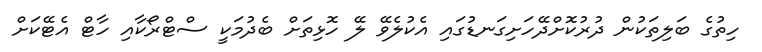
ހިތުގެ ބަލިތަކުން ދުރުކޮށްދޭހަށިގަނޑުގައި އެކުލެވޭ ލޭ ހޮޅިތަށް ބެދުމަކީ ސްޓްރޯކާއި ހާޓް އެޓޭކަށް